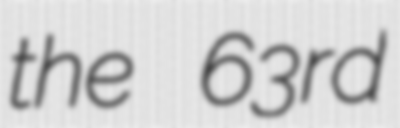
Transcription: the 63rd